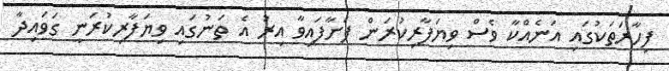
ފިހާރަތަކުގައި އަނެއްކާ ވެސް ވިޔަފާރިކުރަން ފަށާފައިވާ އިރު އެ ތަނުގައި ވިޔަފާރިކުރަނީ ގަވައިދާ